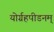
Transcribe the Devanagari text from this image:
योर्ग्रहपीडनम्